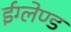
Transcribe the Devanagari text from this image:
ईग्‍लेण्‍ड